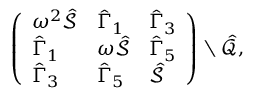
\begin{array} { r } { \left( \begin{array} { l l l } { \omega ^ { 2 } \hat { \mathcal { S } } } & { \hat { \Gamma } _ { 1 } } & { \hat { \Gamma } _ { 3 } } \\ { \hat { \Gamma } _ { 1 } } & { \omega \hat { \mathcal { S } } } & { \hat { \Gamma } _ { 5 } } \\ { \hat { \Gamma } _ { 3 } } & { \hat { \Gamma } _ { 5 } } & { \hat { \mathcal { S } } } \end{array} \right) \setminus \hat { \mathcal { Q } } , } \end{array}